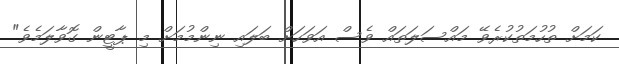
ކަމަށް ތުހުމަތުކުރެވޭ މައްސަލަތައް ވެސް އަވަހަށް ބަލައި ނިންމުމަށް މި ޕާޓީން ގޮވާލަމެވެ"